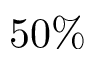
5 0 \%